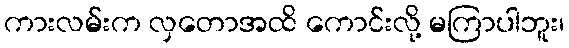
ကားလမ်းက လှတောအထိ ကောင်းလို့ မကြာပါဘူး၊